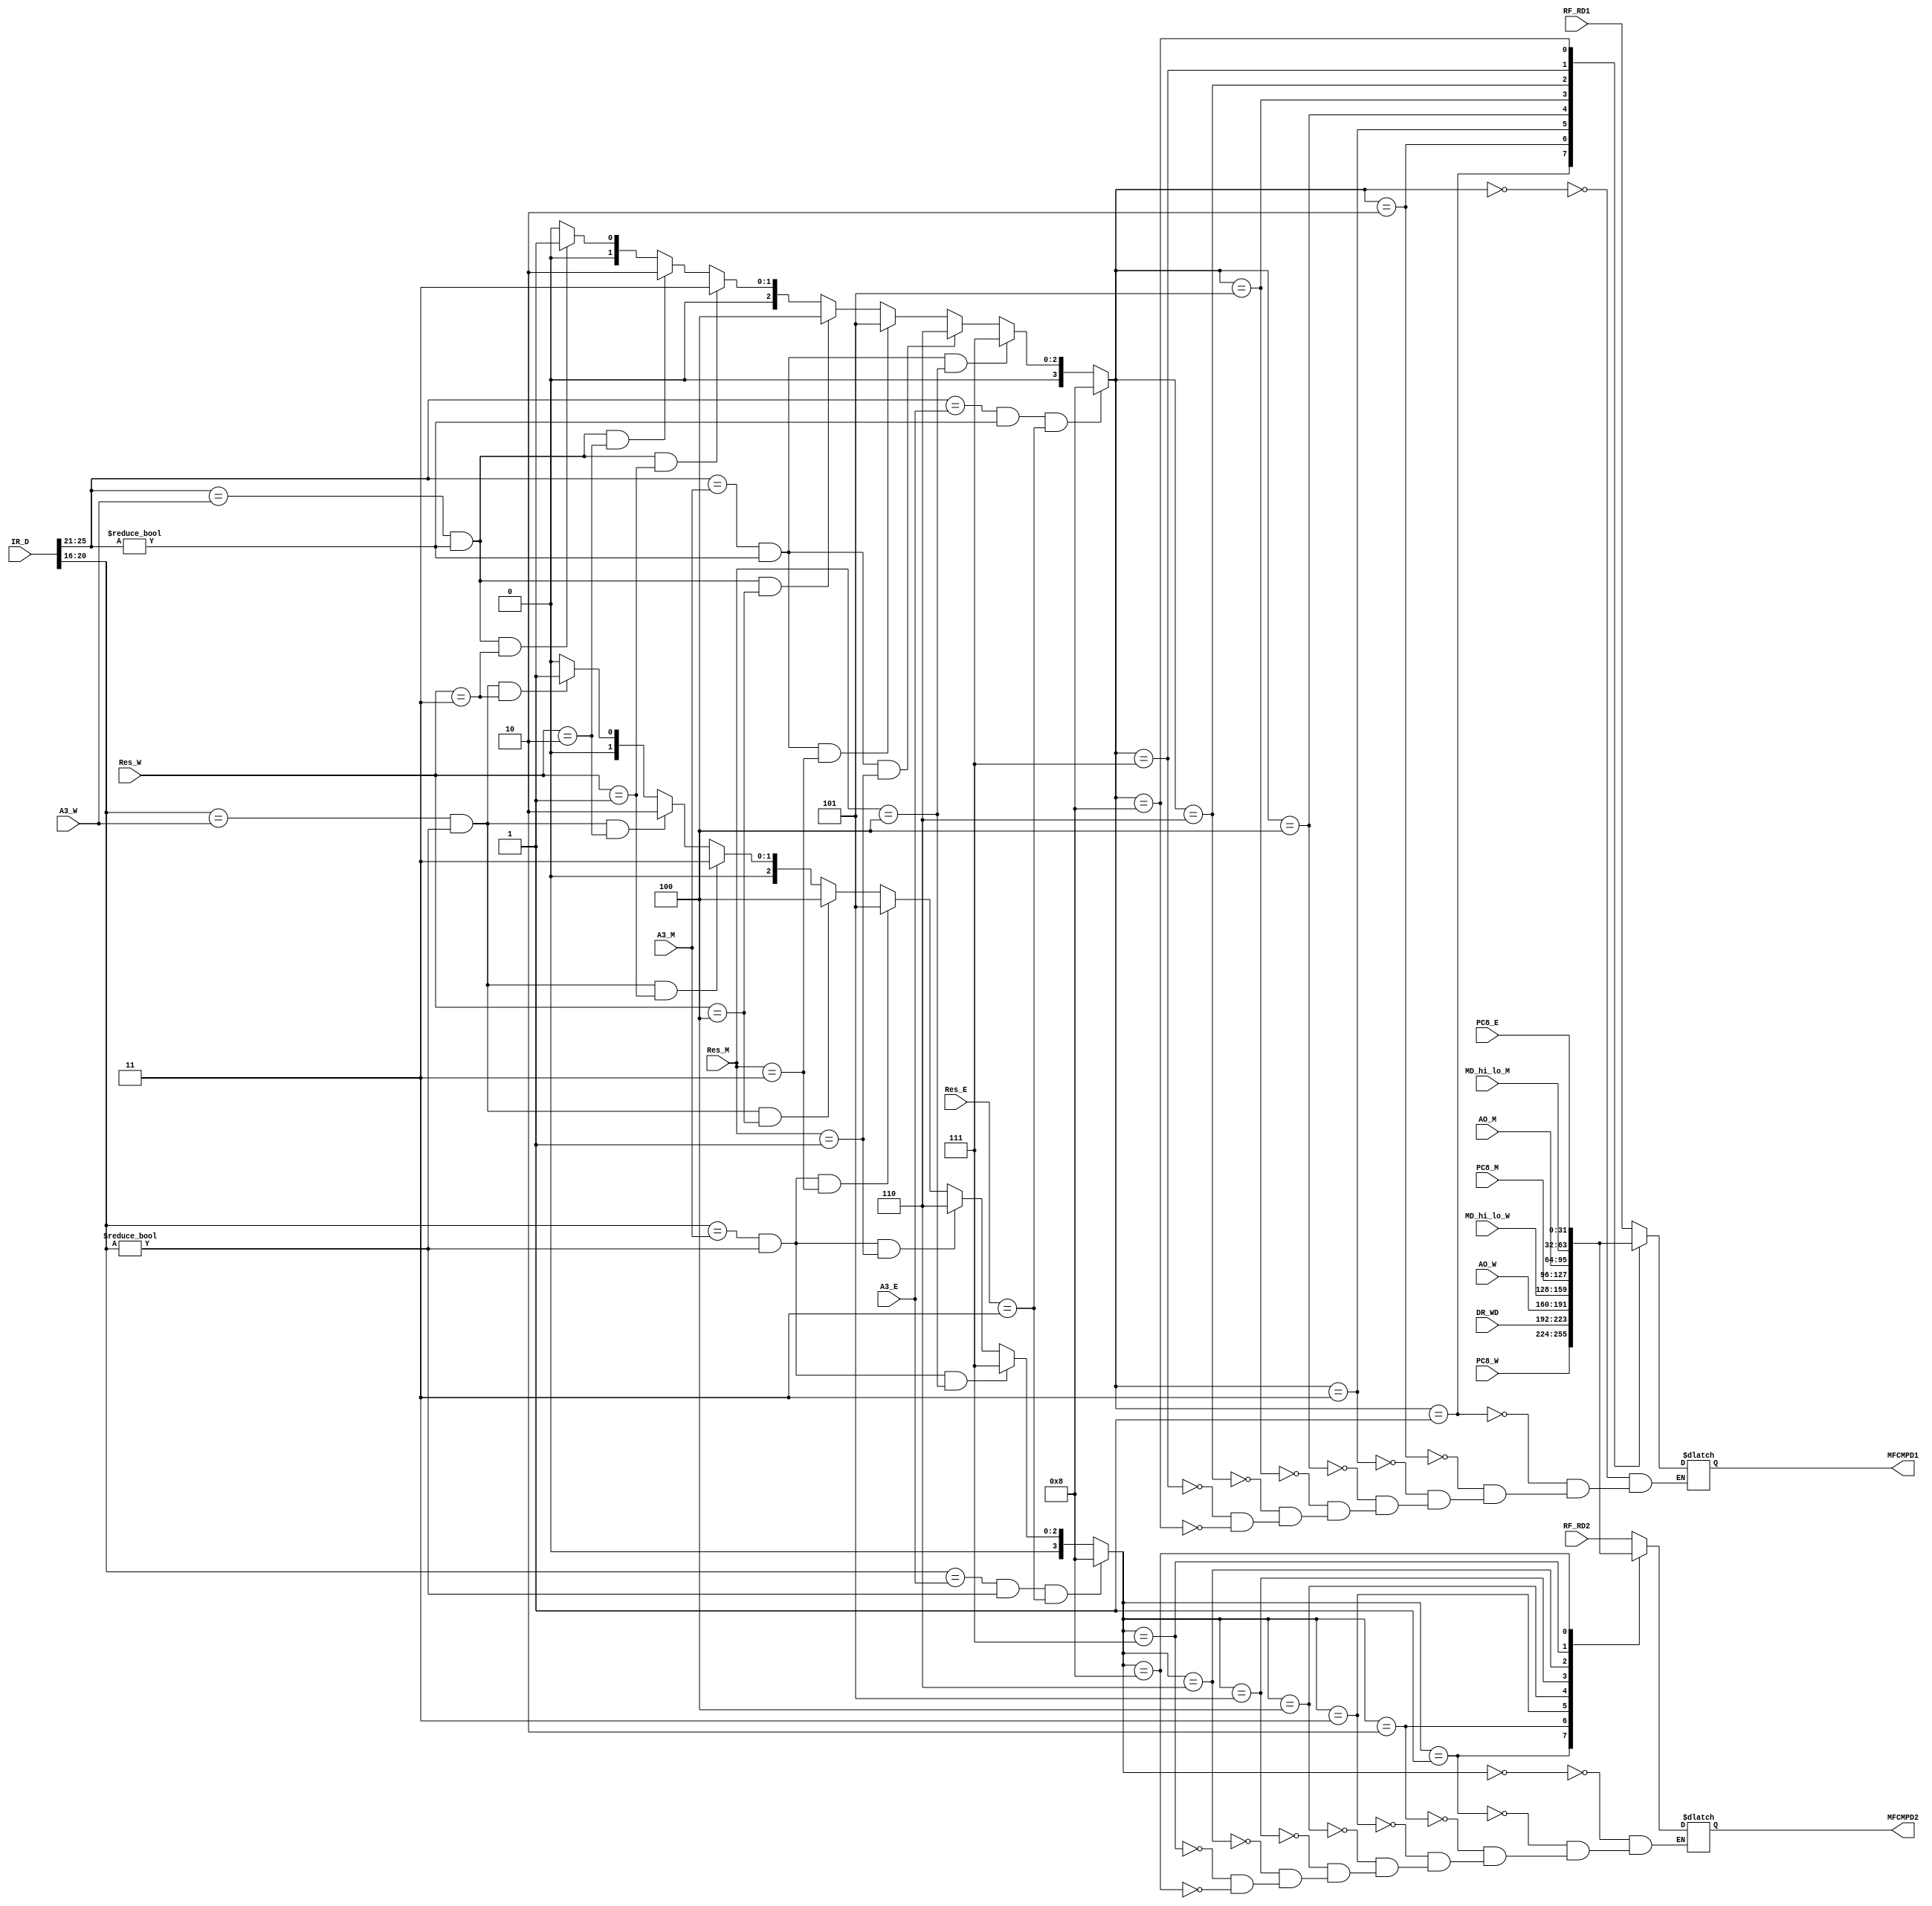
`timescale 1ns / 1ps
//////////////////////////////////////////////////////////////////////////////////
// Company: 
// Engineer: 
// 
// Design Name: 
// Module Name:    MFCMPD 
// Project Name: 
// Target Devices: 
// Tool versions: 
// Description: 
//
// Dependencies: 
//
// Revision: 
// Revision 0.01 - File Created
// Additional Comments: 
//
//////////////////////////////////////////////////////////////////////////////////
`define E2D_PC 8//6
`define M2D_MD 7
`define M2D_ALU 6//5
`define M2D_PC 5//4
`define W2D_MD 4
`define W2D_ALU 3
`define W2D_DM 2
`define W2D_PC 1
`define D2E_RT 0
`define ALU 3'b001
`define DM 3'b010
`define PC 3'b011
`define MD 3'b100
`define NW 3'b000
module MFCMPD(
    input [31:0] RF_RD1,
	 input [31:0] RF_RD2,
    input [31:0] AO_M,
    input [31:0] AO_W,
    input [31:0] DR_WD,
    input [31:0] IR_D,
	 input [4:0] A3_E,
    input [4:0] A3_M,
    input [4:0] A3_W,
	 input [2:0] Res_E,
    input [2:0] Res_M,
    input [2:0] Res_W,
	 input [31:0] PC8_E,
	 input [31:0] PC8_M,
	 input [31:0] PC8_W,
	 input [31:0] MD_hi_lo_M,
	 input [31:0] MD_hi_lo_W,
    output reg[31:0] MFCMPD1,
    output reg[31:0] MFCMPD2
    );
	 reg [3:0] FCMPE1,FCMPE2;
	 wire [4:0] A1_D,A2_D;
	 assign A1_D = IR_D[25:21];
	 assign A2_D = IR_D[20:16];
	 always @* begin
	    FCMPE1 =((A1_D==A3_E) & (A1_D!=0)& (Res_E==`PC))  ? `E2D_PC  :
		         ((A1_D==A3_M) & (A1_D!=0) & (Res_M==`MD))  ? `M2D_MD  :
		         ((A1_D==A3_M) & (A1_D!=0) & (Res_M==`ALU)) ? `M2D_ALU :
		         ((A1_D==A3_M) & (A1_D!=0)& (Res_M==`PC))  ? `M2D_PC  :
					((A1_D==A3_W) & (A1_D!=0) & (Res_W==`MD))  ? `W2D_MD  :
               ((A1_D==A3_W) & (A1_D!=0) & (Res_W==`ALU)) ? `W2D_ALU :
               ((A1_D==A3_W) & (A1_D!=0) & (Res_W==`DM))  ? `W2D_DM  :
					((A1_D==A3_W) & (A1_D!=0)& (Res_W==`PC))  ? `W2D_PC  :
					                                0;
	    FCMPE2 =((A2_D==A3_E) & (A2_D!=0)& (Res_E==`PC))  ? `E2D_PC  : 
		         ((A2_D==A3_M) & (A2_D!=0) & (Res_M==`MD))  ? `M2D_MD  :
		         ((A2_D==A3_M) & (A2_D!=0) & (Res_M==`ALU)) ? `M2D_ALU :
					((A2_D==A3_M) & (A2_D!=0)& (Res_M==`PC))  ? `M2D_PC  :
					((A2_D==A3_W) & (A2_D!=0) & (Res_W==`MD))  ? `W2D_MD  :
               ((A2_D==A3_W) & (A2_D!=0) & (Res_W==`ALU)) ? `W2D_ALU :
               ((A2_D==A3_W) & (A2_D!=0) & (Res_W==`DM))  ? `W2D_DM  :
               ((A2_D==A3_W) & (A2_D!=0)& (Res_W==`PC))  ? `W2D_PC  :					
					                                0;
	    case(FCMPE1)
		  0: begin
		    MFCMPD1 = RF_RD1;
		  end
		  1: begin
		    MFCMPD1 = PC8_W;
		  end
		  2: begin
		    MFCMPD1 = DR_WD;
		  end
		  3: begin
		    MFCMPD1 = AO_W;
		  end
		  4: begin
		    MFCMPD1 = MD_hi_lo_W;
		  end
		  5: begin
		    MFCMPD1 = PC8_M;
		  end
		  6: begin
		    MFCMPD1 = AO_M;
		  end
		  7: begin
		    MFCMPD1 = MD_hi_lo_M;
		  end
		  8: begin
		    MFCMPD1 = PC8_E;
		  end
		endcase
		case(FCMPE2)
		  0: begin
		    MFCMPD2 = RF_RD2;
		  end
		  1: begin
		    MFCMPD2 = PC8_W;
		  end
		  2: begin
		    MFCMPD2 = DR_WD;
		  end
		  3: begin
		    MFCMPD2 = AO_W;
		  end
		  4: begin
		    MFCMPD2 = MD_hi_lo_W;
		  end
		  5: begin
		    MFCMPD2 = PC8_M;
		  end
		  6: begin
		    MFCMPD2 = AO_M;
		  end
		  7: begin
		    MFCMPD2 = MD_hi_lo_M;
		  end
		  8: begin
		    MFCMPD2 = PC8_E;
		  end
		endcase
	 end
	 


endmodule